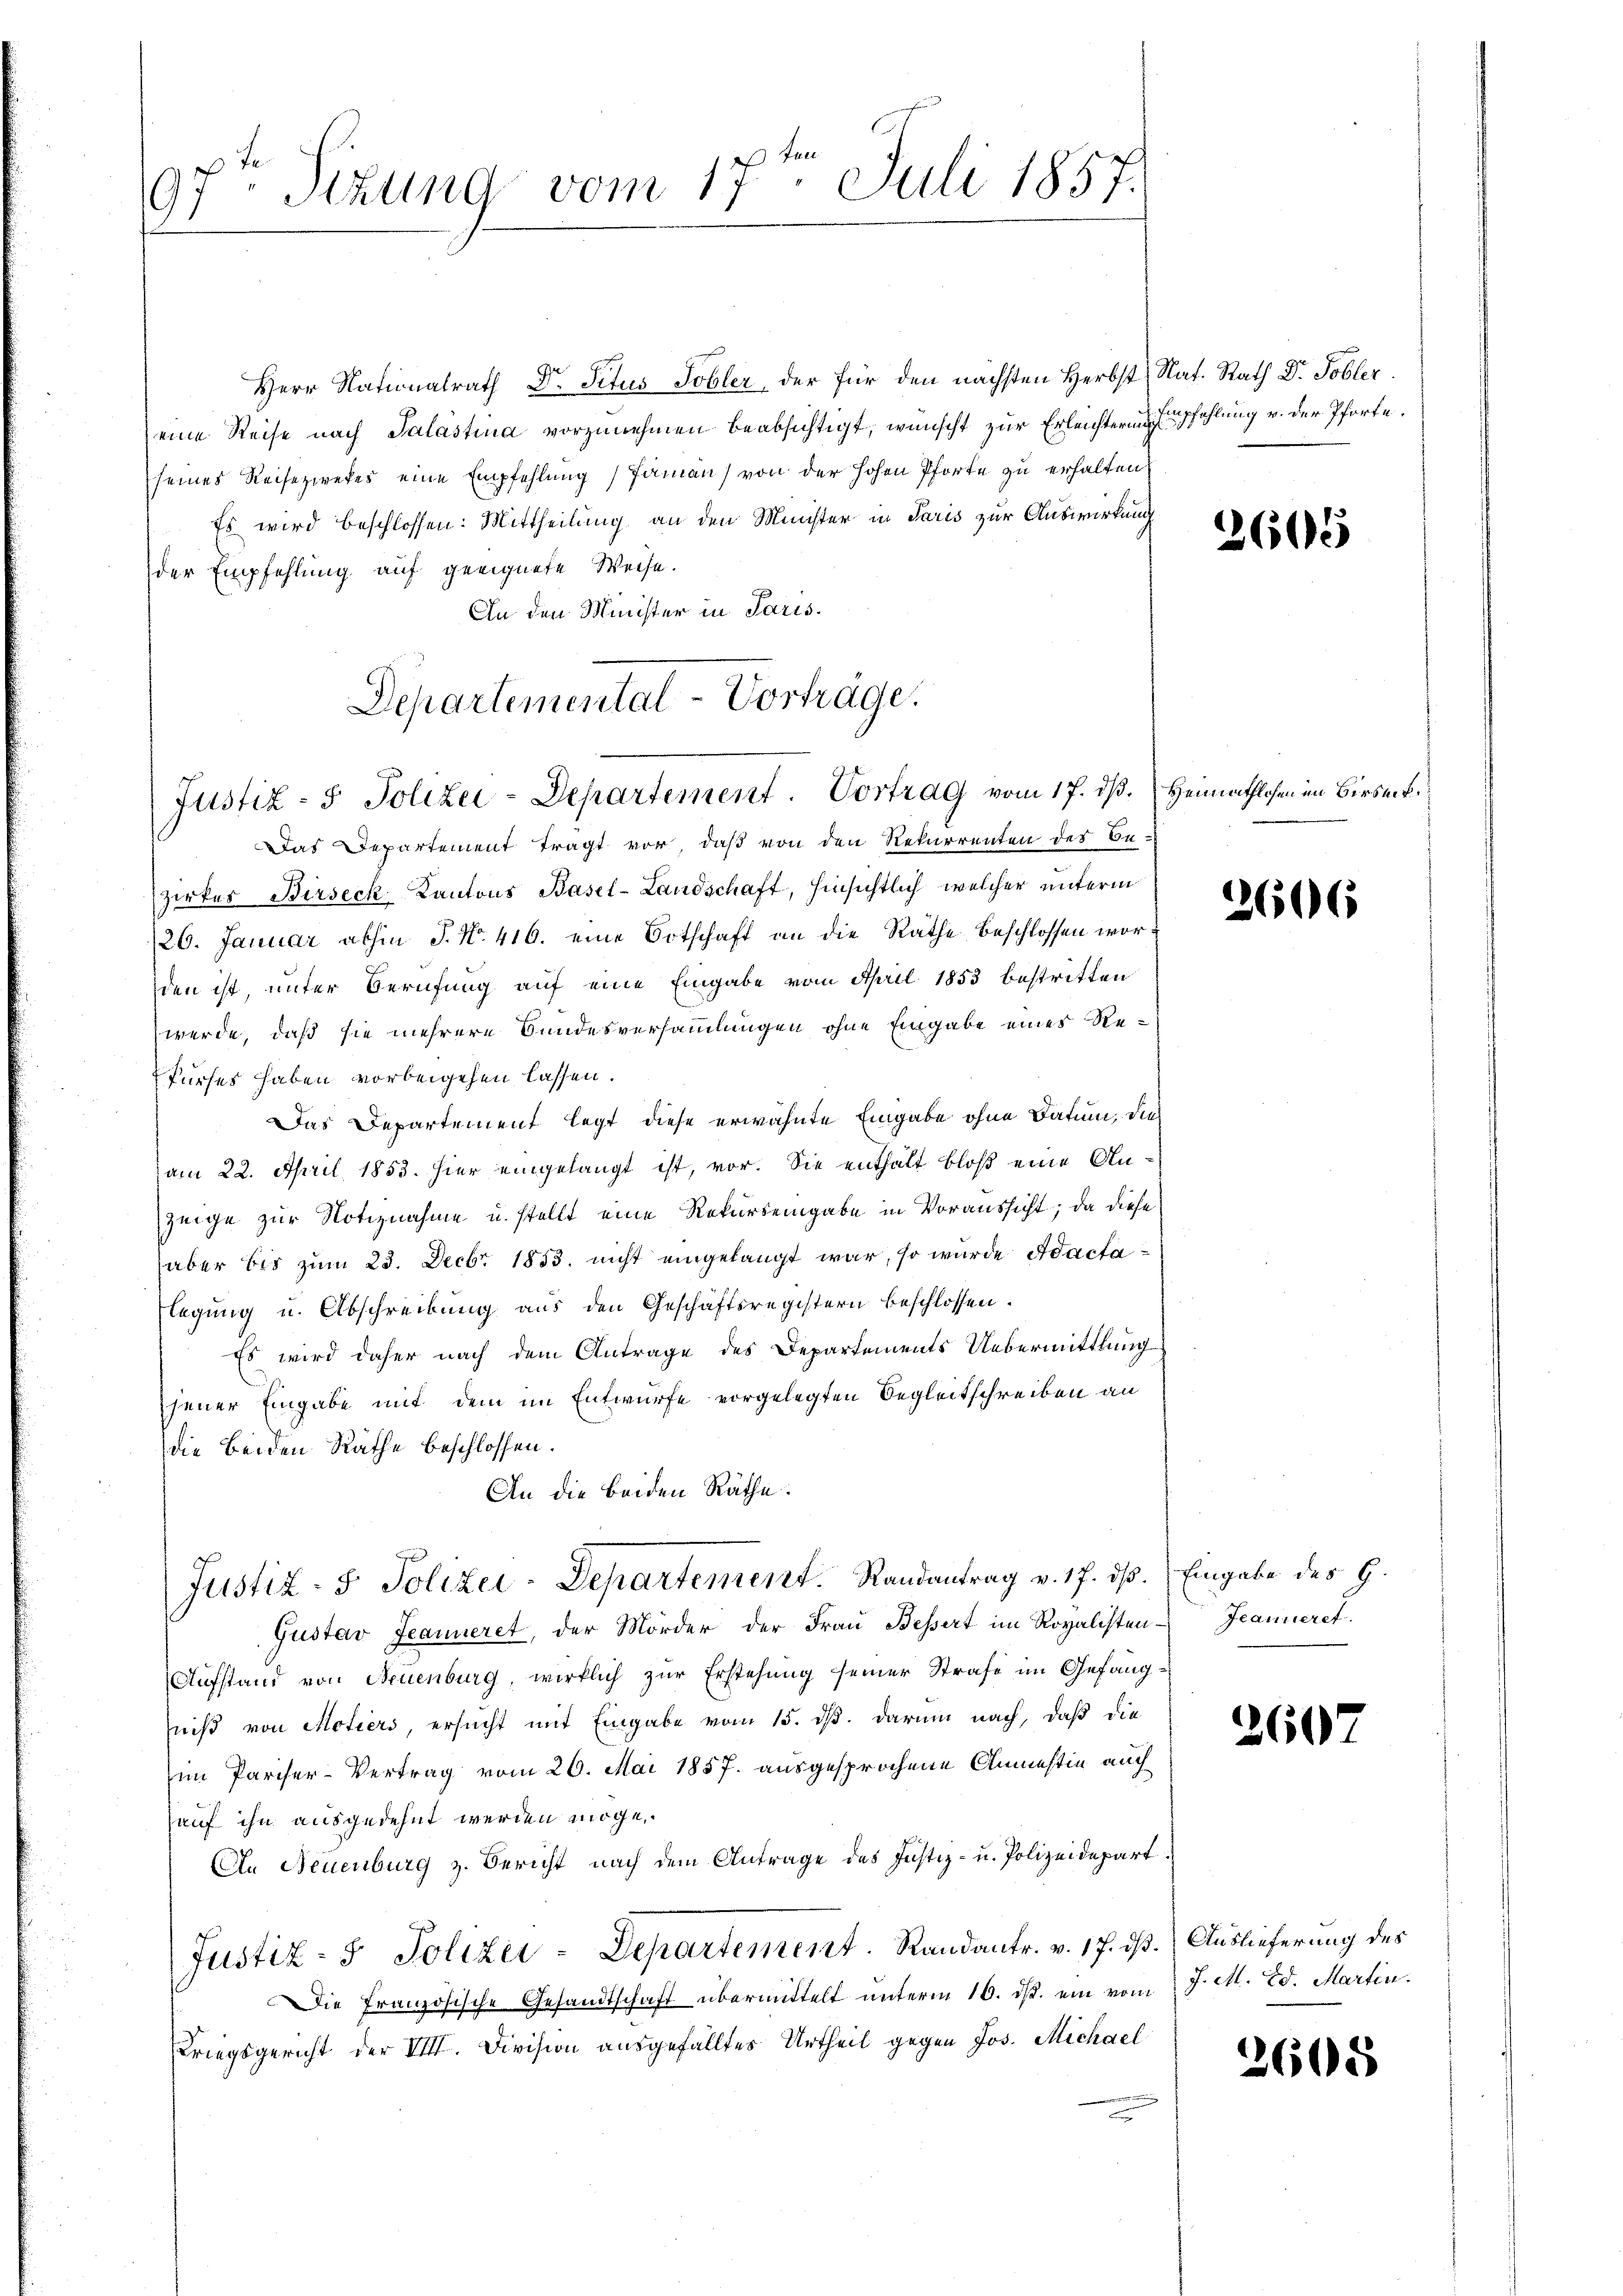
97. Sizung vom 17. Juli 1857.

Herr Nationalrath Dr Situs Tobler, der für den nächsten Herbst Nat. Rath Dr. Tobler.
eine Reise nach Salastina vorzunehmen beabsichtigt, wünscht zur Erleichterung fehlung v. der Pforte.
seines Reisezwekes eine Empfehlung Paman) von der hohen Pforte zu erhalten,
Es wird beschlossen: Mittheilung an den Minister in Paris zur Auswirkung
der Empfehlung auf geeignete Weise.
An den Minister in Paris.
Departemental-Vorträge.

Justiz - 5. Polizei-Departement. Vortrag vom 17. dß. Heimathlosen im Birsect.

Das Departement tragt vor, daß von den Rekurrenten des Bezirkes Birseck Kantons Basel-Landschaft, hinsichtlich welcher unterm
/26. Januar abhin P. Nr. 416. eine Botschaft an die Räthe Beschlossen worden ist, unter Berufung auf eine Eingabe vom April 1853 bestritten
werde, daß sie mehrere Bundesversammlungen ohne Eingabe eines Re¬
Purses haben vorbeigehen lassen.
Das Departement legt diese erwähnte Eingabe ohne Datum, dies
am 22. April 1853. hier eingelangt ist, vor. Sie enthalt bloß eine Anzeige zur Notiznahme u. stellt eine Rekurseingabe in Voraussicht; da diese
aber bis zum 23. Decbr 1853. nicht eingelangt war, so wurde Adactalegung u. Abschreibung aus den Geschäftsregistern beschlossen.
Es wird daher nach dem Antrage des Departements Uebermittlung
jener Eingabe mit dem im Entwurfe vorgelegten Begleitschreiben an
die beiden Räthe beschlossen.
An die beiden Räthe:
Justiz- & Polizei-Departement. Randantrag v. 17. ds. Eingabe des H.
Gustav Jeanneret, der Mörder der Frau Bessert im Royalisten Jeanneret.
Aufstand von Neuenburg, wirklich zur Erstehung seiner Strafe im Gefängniß von Motiers, ersucht mit Eingabe vom 15. ds. darum nach, daß die
im Pariser-Vertrag vom 26. Mai 1857. ausgesprochene Anmessin auch
hauf ihn ausgedehnt werden möge,
An Neuenburg z. Bericht nach dem Antrage des Justiz- u. Polizeidepart
Justiz- & Polizei-Departement. Randantr. v. 17. dß. Auslieferung des
Die Französische Gesandtschaft übermittelt unterm 16. ds. ein vom
Kriegsgericht der VIII. Division ausgefälltes Urtheil gegen Jos. Michael

2605

2606

2607

J. M. Ed. Martin.

2605